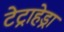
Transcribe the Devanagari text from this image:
टेट्राहेड्रा